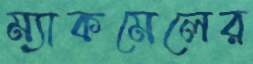
ম্যাকমেলের